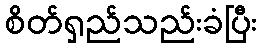
စိတ်ရှည်သည်းခံပြီး